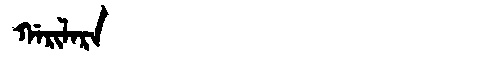
Manchu: ᡤᠠᡵᡳᠯᠠᡵᠠ
Romanization: GARILARA